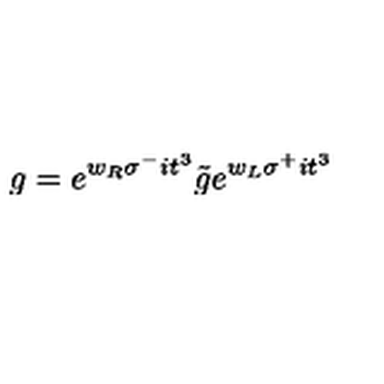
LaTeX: g = e ^ { w _ { R } \sigma ^ { - } i t ^ { 3 } } { \tilde { g } } e ^ { w _ { L } \sigma ^ { + } i t ^ { 3 } }